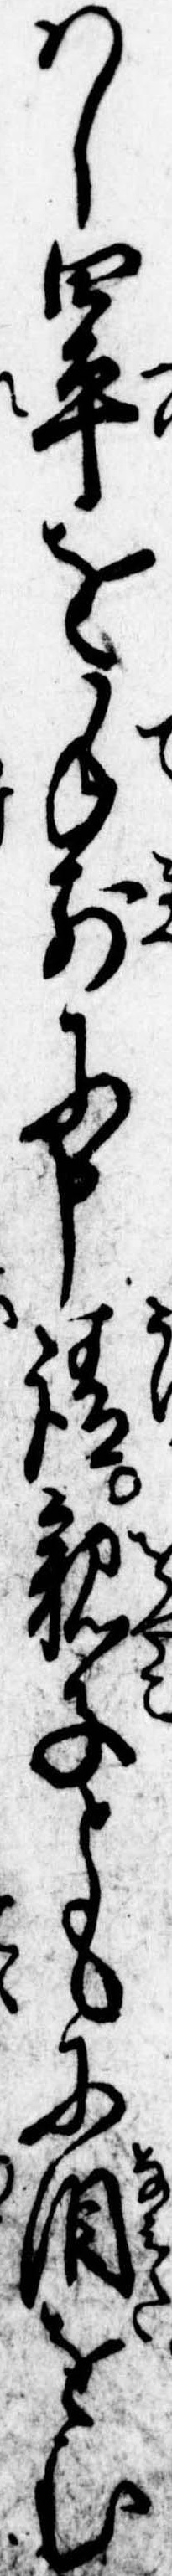
はし四平を手前に申請親子ともに涙をむ